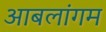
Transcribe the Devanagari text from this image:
आबलांगम